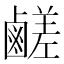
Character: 鹺